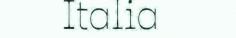
Italia